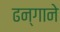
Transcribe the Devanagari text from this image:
ढन्गाने